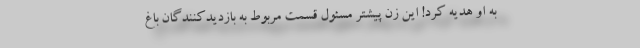
به او هدیه کرد! این زن پیشتر مسئول قسمت مربوط به بازدیدکنندگان باغ